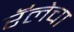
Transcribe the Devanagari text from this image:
रॅलेचा